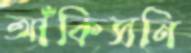
আঁকিসনি